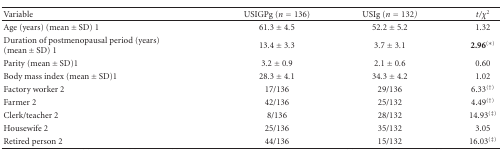
<table><thead><tr><td><b> Variable</b></td><td><b>USIGPg (<i>n</i> = 136)</b></td><td><b>USIg (<i>n</i> = 132) </b></td><td><b><i>t</i>/<i>χ</i><sup>2</sup></b></td></tr></thead><tbody><tr><td>Age (years) (mean ± SD) 1</td><td>61.3 ± 4.5</td><td>52.2 ± 5.2</td><td>1.32</td></tr><tr><td>Duration of postmenopausal period (years) (mean ± SD) 1</td><td>13.4 ± 3.3</td><td>3.7 ± 3.1</td><td><b>2.96</b><sup>(∗)</sup></td></tr><tr><td> Parity (mean ± SD)1</td><td>3.2 ± 0.9</td><td>2.1 ± 0.6</td><td>0.60</td></tr><tr><td>Body mass index (mean ± SD)1</td><td>28.3 ± 4.1</td><td>34.3 ± 4.2</td><td>1.02</td></tr><tr><td> Factory worker 2</td><td>17/136</td><td>29/136</td><td>6.33<sup>(†)</sup></td></tr><tr><td> Farmer 2</td><td>42/136</td><td>25/132</td><td>4.49<sup>(†)</sup></td></tr><tr><td> Clerk/teacher 2</td><td>8/136</td><td>28/132</td><td>14.93<sup>(‡)</sup></td></tr><tr><td> Housewife 2</td><td>25/136</td><td>35/132</td><td>3.05</td></tr><tr><td> Retired person 2</td><td>44/136</td><td>15/132</td><td>16.03<sup>(‡)</sup></td></tr></tbody></table>